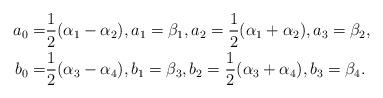
LaTeX: \begin{align*} a_0=&\frac{1}{2}(\alpha_1-\alpha_2), a_1 =\beta_1, a_2=\frac{1}{2}(\alpha_1+\alpha_2), a_3=\beta_2, \\ b_0=& \frac{1}{2}(\alpha_3-\alpha_4), b_1 =\beta_3, b_2=\frac{1}{2}(\alpha_3+\alpha_4), b_3=\beta_4. \end{align*}